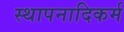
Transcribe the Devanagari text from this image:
स्थापनादिकर्म